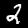
Digit: 2